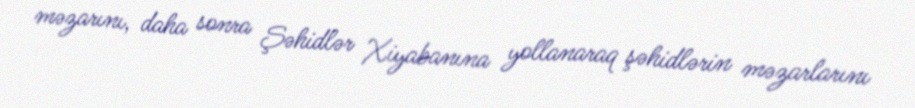
məzarını, daha sonra Şəhidlər Xiyabanına yollanaraq şəhidlərin məzarlarını